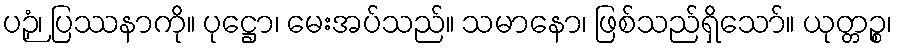
ပဉှံ၊ ပြဿနာကို။ ပုဋ္ဌော၊ မေးအပ်သည်။ သမာနော၊ ဖြစ်သည်ရှိသော်။ ယုတ္တဉ္စ၊